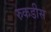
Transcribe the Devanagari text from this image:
रुकडीस